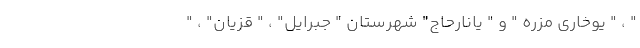
" ، " یوخاری مزره " و " یانارحاج" شهرستان " جبرایل" ، " قزیان" ، "